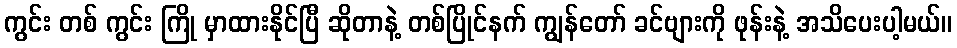
ကွင်း တစ် ကွင်း ကြို မှာထားနိုင်ပြီ ဆိုတာနဲ့ တစ်ပြိုင်နက် ကျွန်တော် ခင်ဗျားကို ဖုန်းနဲ့ အသိပေးပါ့မယ်။